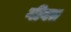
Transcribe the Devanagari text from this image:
गीवत